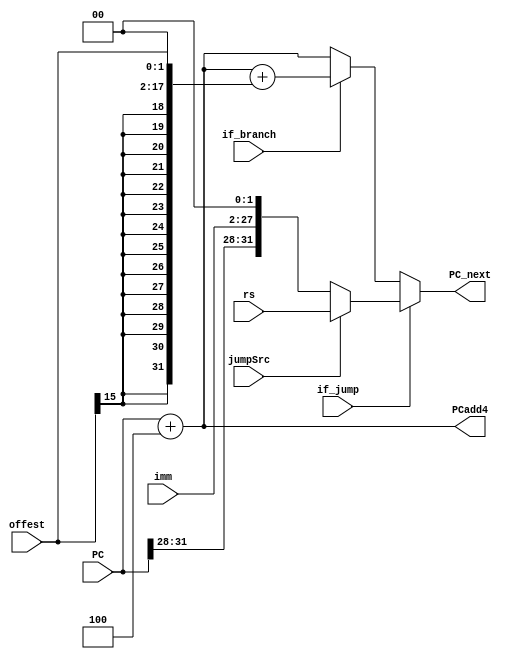
`timescale 1ns / 1ps

module NPC(
    input [31:0] PC,
    input [25:0] imm,
    input [15:0] offest,
    input if_branch,
    input if_jump,
    input [31:0] rs,
    input jumpSrc,
    output [31:0] PC_next,
    output [31:0] PCadd4
    );

assign PCadd4 = PC + 32'h0000_0004;
wire [31:0] PC_branch = PC + 32'h0000_0004 + {{14{offest[15]}},offest,2'b00};
wire [31:0] PC_jump = (jumpSrc==1) ? rs : {PC[31:28],imm,2'b00};

assign PC_next =(if_jump == 1) ? PC_jump :
                (if_branch == 1) ? PC_branch : 
                PCadd4;

endmodule